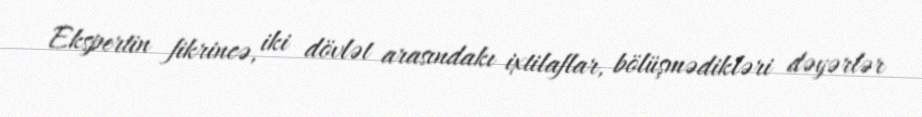
Ekspertin fikrincə, iki dövlət arasındakı ixtilaflar, bölüşmədikləri dəyərlər